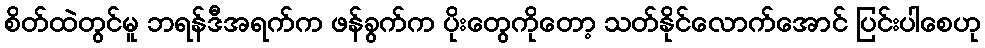
စိတ်ထဲတွင်မူ ဘရန်ဒီအရက်က ဖန်ခွက်က ပိုးတွေကိုတော့ သတ်နိုင်လောက်အောင် ပြင်းပါစေဟု